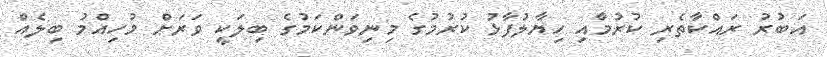
އަބުރު ރައްކާތެރި ކުރުމާއި ހިޔާލުފާޅު ކުރުމުގެ މިނިވަންކަމުގެ ބިލަކީ ވަރަށް މުހިއްމު ބިލެއް